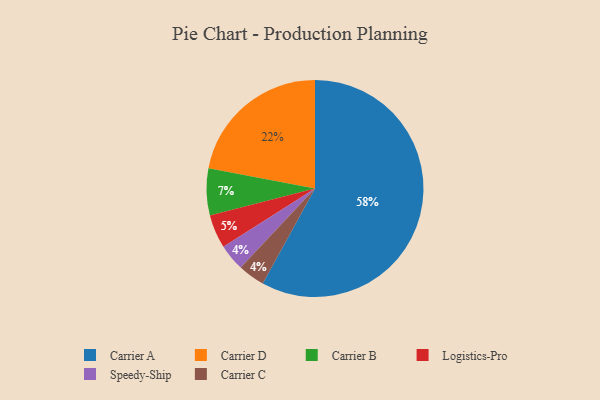
{"axis": {"x": "Category", "y": "Percentage"}, "legend": ["Carrier A", "Carrier B", "Carrier C", "Carrier D", "Logistics-Pro", "Speedy-Ship"], "data": [{"x": "Logistics-Pro", "y": 5, "type": "Logistics-Pro"}, {"x": "Carrier D", "y": 22, "type": "Carrier D"}, {"x": "Speedy-Ship", "y": 4, "type": "Speedy-Ship"}, {"x": "Carrier C", "y": 4, "type": "Carrier C"}, {"x": "Carrier A", "y": 58, "type": "Carrier A"}, {"x": "Carrier B", "y": 7, "type": "Carrier B"}]}